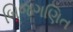
બિજગણિત